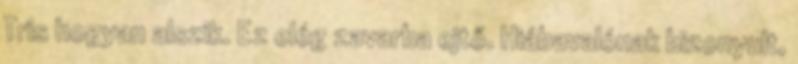
Tris hogyan alszik. Ez elég zavarba ejtő. Hiábavalónak bizonyult,